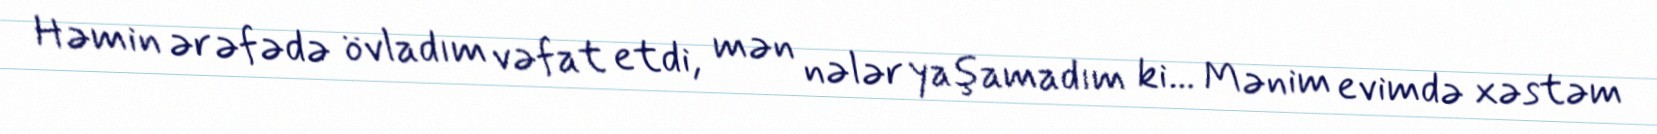
Həmin ərəfədə övladım vəfat etdi, mən nələr yaşamadım ki... Mənim evimdə xəstəm